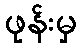
ဖုန်းမှ